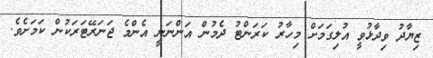
ޒިޔާދު ވިދާޅުވީ އުލިގަމަށް މިހާރު ކަރަންޓު ދެމުން އަންނަނީ އެންމެ ޖަނަރޭޓަރަކުން ކަމަށެވެ.